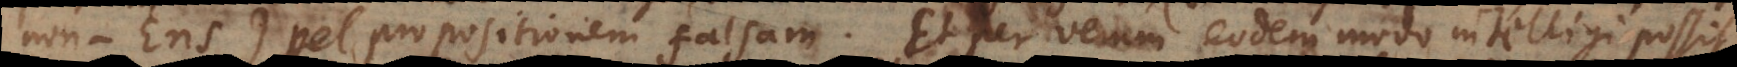
non‐Ens), vel propositionem falsam. Et per [veram] eodem modo intelligi possit